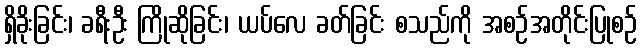
ရှိခိုးခြင်း၊ ခရီးဦး ကြိုဆိုခြင်း၊ ယပ်လေ ခတ်ခြင်း စသည်ကို အစဉ်အတိုင်းပြုစဉ်